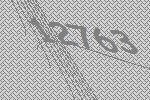
12763